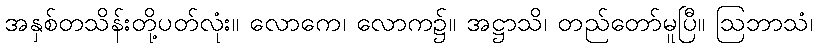
အနှစ်တသိန်းတို့ပတ်လုံး။ လောကေ၊ လောက၌။ အဋ္ဌာသိ၊ တည်တော်မူပြီ။ ဩဘာသံ၊